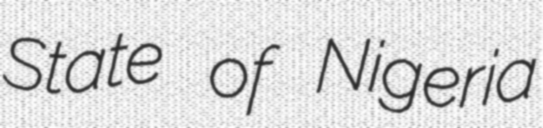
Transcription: State of Nigeria